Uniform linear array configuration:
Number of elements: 24
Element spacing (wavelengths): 0.5
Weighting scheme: hann
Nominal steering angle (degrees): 15
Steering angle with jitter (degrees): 14.913
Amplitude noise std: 0.05
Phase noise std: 0.05

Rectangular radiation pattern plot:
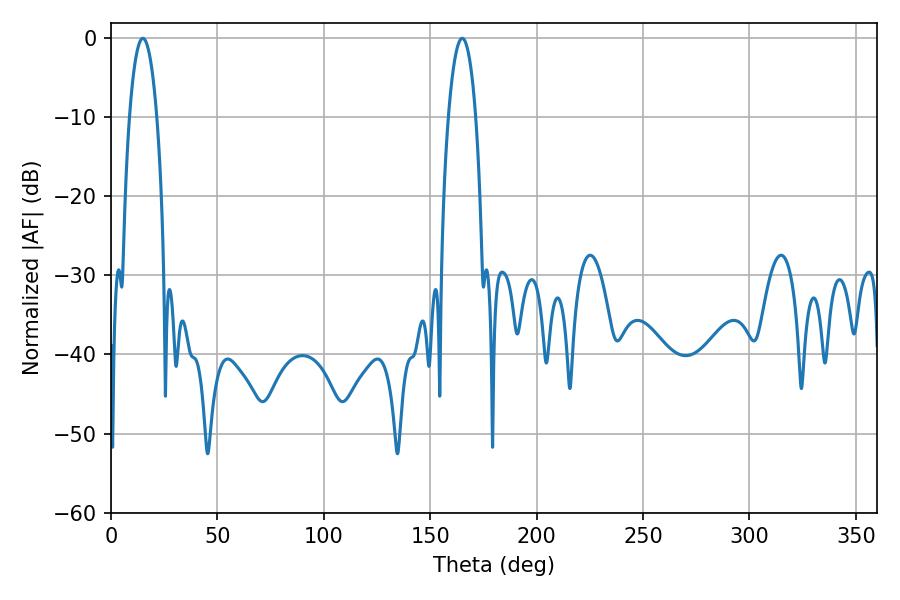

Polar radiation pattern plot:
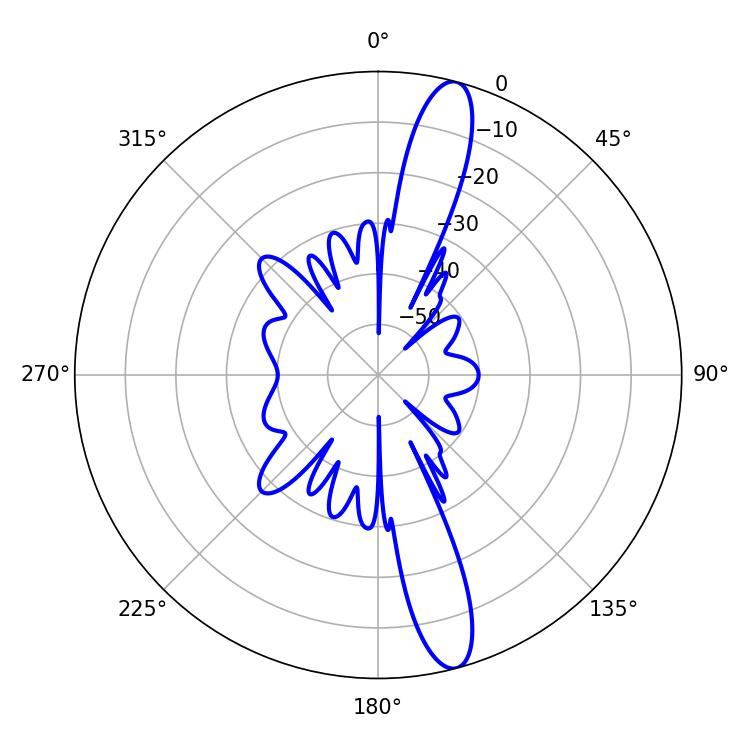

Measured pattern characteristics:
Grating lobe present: FALSE
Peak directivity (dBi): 14.64
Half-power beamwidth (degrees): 7.2
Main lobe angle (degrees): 14.94